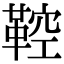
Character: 鞚